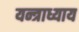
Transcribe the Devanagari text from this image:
यन्त्राध्याय